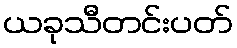
ယခုသီတင်းပတ်